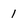
Character: 1